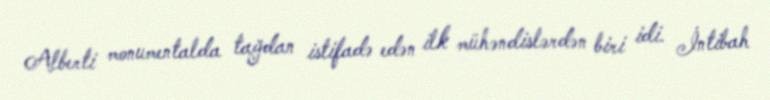
Alberti monumentalda tağdan istifadə edən ilk mühəndislərdən biri idi. İntibah